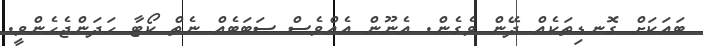
ބައަކަށް ގޮނޑިތަކެއް ދޭން ވެގެން. އެނޫން އެއްވެސް ސަބަބެއް ނެތް ކޯޓާ ހަދަންޖެހެންވީ.